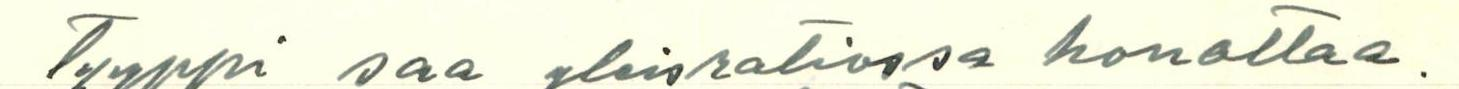
Tyyppi saa yleisradiossa honottaa.